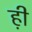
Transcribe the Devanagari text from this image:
ह़ी